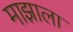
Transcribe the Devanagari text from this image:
माझाला